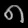
Digit: ၈